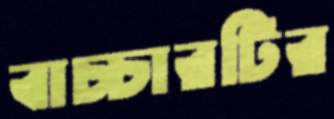
বাচ্চারটির